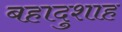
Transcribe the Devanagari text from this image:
बहादुशाह